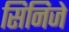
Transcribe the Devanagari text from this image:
सिनिजे